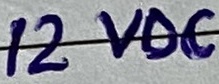
Text: 12VDC